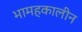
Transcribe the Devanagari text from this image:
भामहकालीन